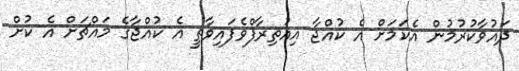
ދައުވާކުރުމުން އެކަމަށް އެ ކުއްޖާ އިއުތިރާފްވެފައިވާތީ އެ ކުއްޖާގެ މައްޗަށް އެ ކުށް